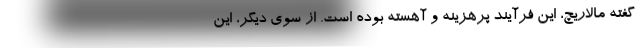
گفته مالاریچ، این فرآیند پرهزینه و آهسته بوده است. از سوی دیگر، این